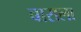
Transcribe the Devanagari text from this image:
बाराला